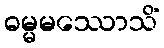
ဓမ္မမဿောသိံ